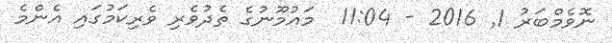
ނޮވެމްބަރު 1